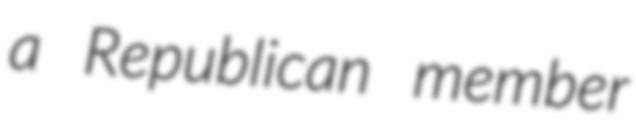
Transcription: a Republican member